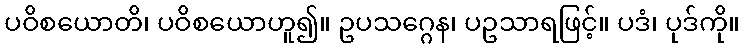
ပဝိစယောတိ၊ ပဝိစယောဟူ၍။ ဥပသဂ္ဂေန၊ ပဥသာရဖြင့်။ ပဒံ၊ ပုဒ်ကို။